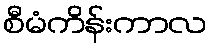
စီမံကိန်းကာလ